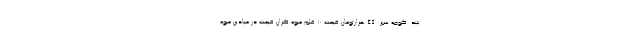
شد. گوجه سبز: 45 هزارتومان قیمت ۱۰ قلم میوه گران قیمت در میادین میوه